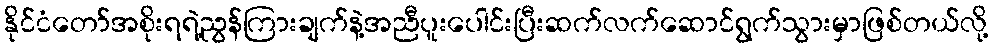
နိုင်ငံတော်အစိုးရရဲ့ညွန်ကြားချက်နဲ့အညီပူးပေါင်းပြီးဆက်လက်ဆောင်ရွက်သွားမှာဖြစ်တယ်လို့